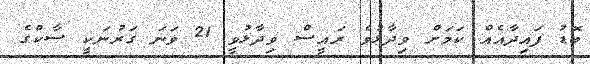
ބޮޑު ފައިދާއެއް ކަމަށް ވިދާޅުވެ ރައީސް ވިދާޅުވީ 21 ވަނަ ގަރުނަކީ ސާކްގެ